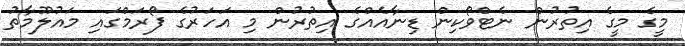
މީގެ މީގެ އިތުރުން ނެޓްވޯކިން ޑިނާއެއްގެ އިތުރުން މި އަހަރުގެ ފޯރަމްގައި މައުލޫމާތު